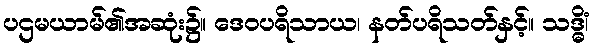
ပဌမယာမ်၏အဆုံး၌။ ဒေဝပရိသာယ၊ နတ်ပရိသတ်နှင့်။ သဒ္ဓိံ၊